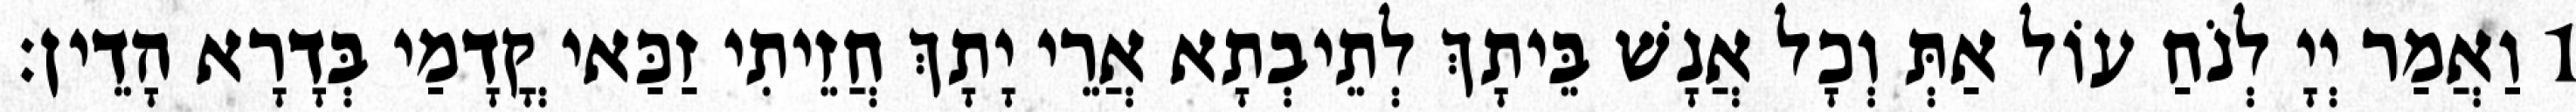
1 וַאֲמַר יְיָ לְנֹחַ עוֹל אַתְּ וְכָל אֲנָשׁ בֵּיתָךְ לְתֵיבְתָא אֲרֵי יָתָךְ חֲזֵיתִי זַכַּאי קֳדָמַי בְּדָרָא הָדֵין׃